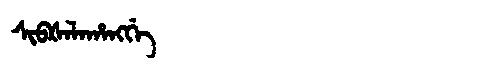
Manchu: ᠰᡳᠪᡧᠠᠯᠠᡥᠠᠩᡤᡝ
Romanization: SIBŠALAHANGGE